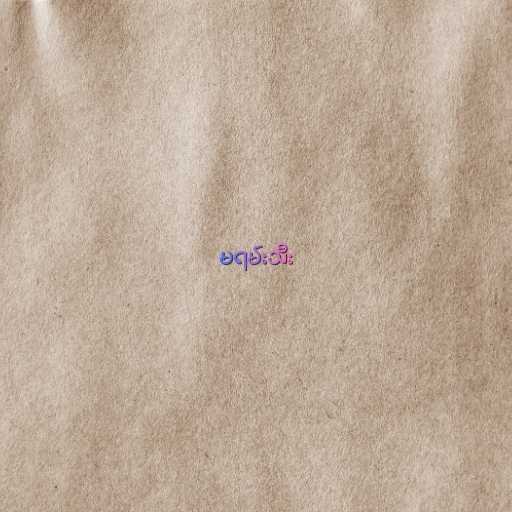
မရမ်းသီး